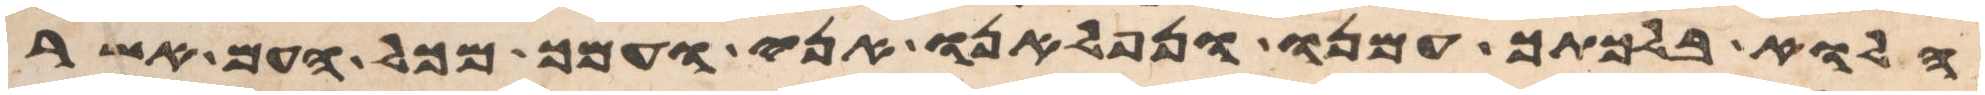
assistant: הלוא בלכתך עמנו ונפלאנו אני ועמך מכל העם אשר